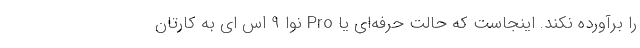
را برآورده نکند. اینجاست که حالت حرفه‌ای یا Pro نوا 9 اس ای به کارتان